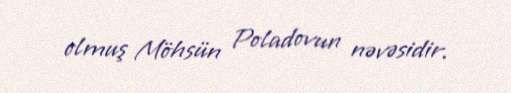
olmuş Möhsün Poladovun nəvəsidir.